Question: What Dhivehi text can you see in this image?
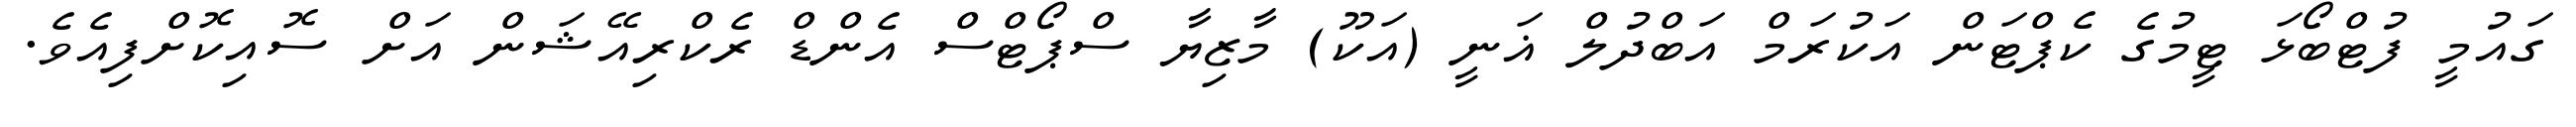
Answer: ގައުމީ ފުޓްބޯޅަ ޓީމުގެ ކެޕްޓަން އަކުރަމް އަބްދުލް ޣަނީ (އަކޫ) މާޒިޔާ ސްޕޯޓްސް އެންޑް ރެކްރިއޭޝަން އަށް ސޮއިކޮށްފިއެވެ.